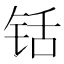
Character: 铦